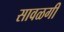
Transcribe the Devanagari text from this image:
सावळगी